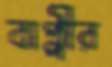
বাপ্পীর